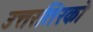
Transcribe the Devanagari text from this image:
उत्तरतिरको